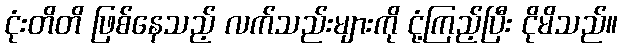
ငုံးတိတိ ဖြစ်နေသည့် လက်သည်းများကို ငုံ့ကြည့်ပြီး ငိုမိသည်။